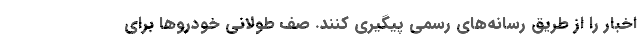
اخبار را از طریق رسانه‌های رسمی پیگیری کنند. صف طولانی خودروها برای